Elephants and their diseases
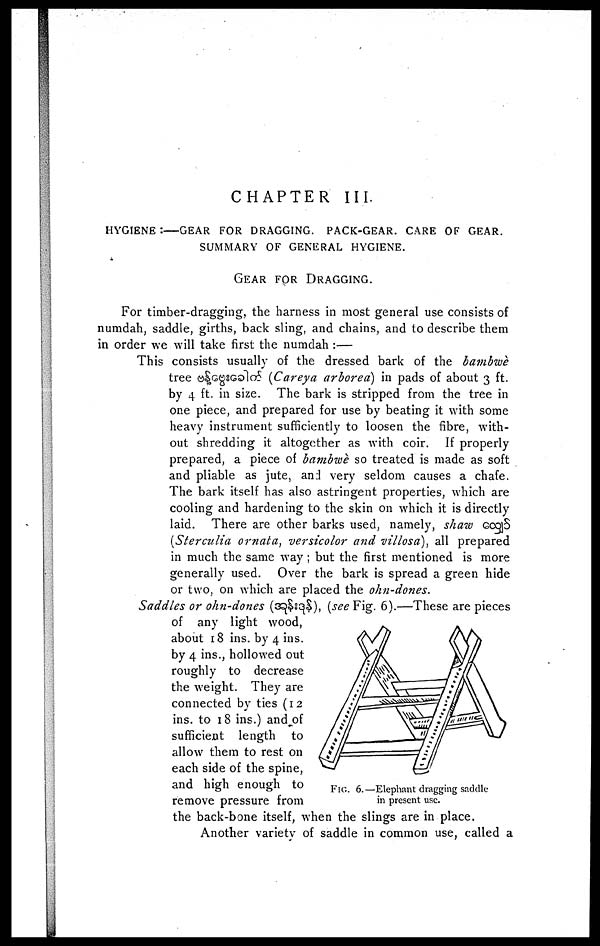
CHAPTER III.
HYGINE :-GEAR
FOR
DRAGGING.
PACK-GEAR.
CARE
OF
GEAR.
SUMMARY OF GENERAL HYGIENE.
GEAR FOR DRAGGING.
For timber-dragging, the harness in most general use consists of
numdah, saddle, girths, back sling, and chains, and to describe them
in order we will take first the numdah :—
This consists usually of the dressed bark of the bambwe
tree
(Careya
arbored) in pads of about 3 ft.
by 4 ft. in size. The bark is stripped from the tree in
one piece, and prepared for use by beating it with some
heavy instrument sufficiently to loosen the fibre, with-
out shredding it altogether as with coir. If properly
prepared, a piece of bambwe so treated is made as soft
and pliable as jute, and very seldom causes a chafe.
The bark itself has also astringent properties, which are
cooling and hardening to the skin on which it is directly
laid. There are other barks used, namely, shaw
(Sterculia ornata, versicolor and villosa), all prepared
in much the same way ; but the first mentioned is more
generally used. Over the bark is spread a green hide
or two, on which are placed the ohn-dones.
Saddles or ohn-dones (
), (see Fig. 6).—These are pieces
of any light wood,
about 18 ins. by 4 ins.
by 4 ins., hollowed out
roughly to decrease
the weight. They are
connected by ties (12
ins. to 18 ins.) and of
sufficient length to
allow them to rest on
each side of the spine,
and high enough to
remove pressure from
the back-bone itself, when the slings are in place.
Another variety of saddle in common use, called a
FIG. 6.—Elephant dragging saddle
in present use.